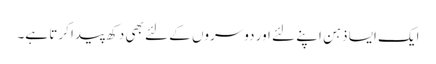
ایک ایسا ذہن اپنے لئے اور دوسروں کے لئے بھی دکھ پیدا کرتا ہے۔